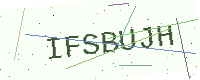
Text: IFSBUJH